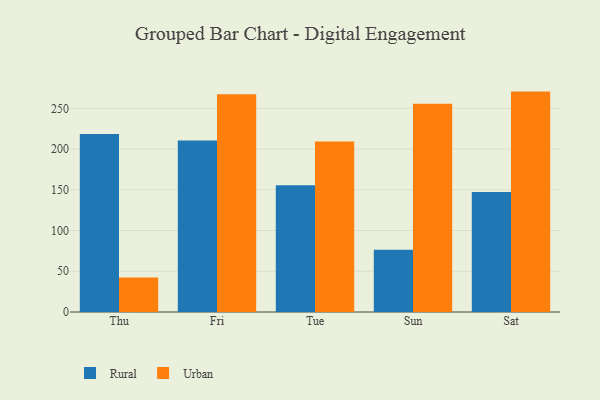
{"axis": {"x": "Day", "y": "Customer Acquisition Cost (USD)"}, "legend": ["Rural", "Urban"], "data": [{"x": "Thu", "y": 218.4, "type": "Rural"}, {"x": "Thu", "y": 42.2, "type": "Urban"}, {"x": "Fri", "y": 210.6, "type": "Rural"}, {"x": "Fri", "y": 267.3, "type": "Urban"}, {"x": "Tue", "y": 155.7, "type": "Rural"}, {"x": "Tue", "y": 209.4, "type": "Urban"}, {"x": "Sun", "y": 76.5, "type": "Rural"}, {"x": "Sun", "y": 255.6, "type": "Urban"}, {"x": "Sat", "y": 147.4, "type": "Rural"}, {"x": "Sat", "y": 270.5, "type": "Urban"}]}